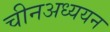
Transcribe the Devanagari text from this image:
चीनअध्ययन